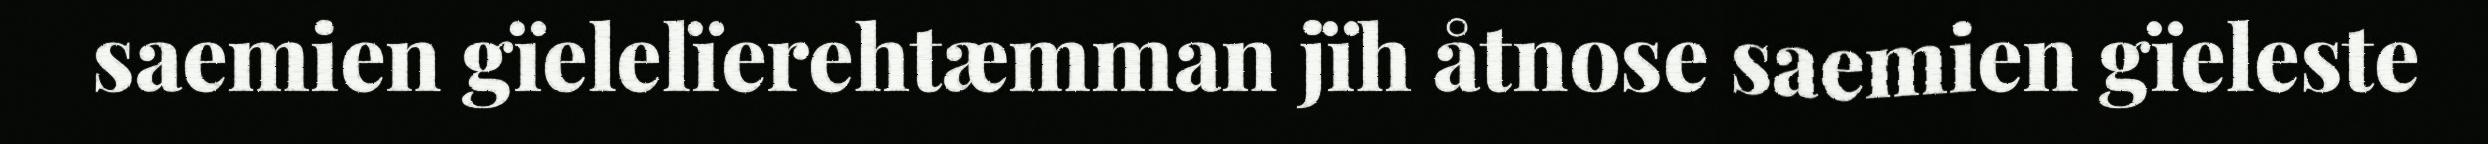
saemien gïelelïerehtæmman jïh åtnose saemien gïeleste